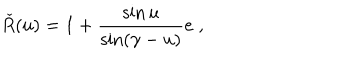
\check { R } ( u ) = 1 + \frac { \sin u } { \sin ( \gamma - u ) } e \; ,